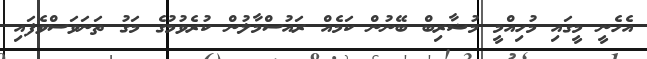
އެހެނީ މީގައި މުހިއްމީ މުޟާރިބް ބޭނުން ކަމެއް ރައުސްމާލުން ކުރެވުމުގެ މަގު ތަނަވަސްވެފައި